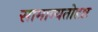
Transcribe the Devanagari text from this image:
सामान्यतोदृष्ट